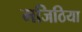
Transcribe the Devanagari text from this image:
मजिठिया